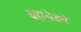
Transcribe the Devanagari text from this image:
यहांभेजने